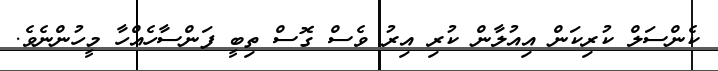
ކެންސަލް ކުރިކަން އިއުލާން ކުރި އިރު ވެސް ގޮސް ތިބީ ފަންސާހެއްހާ މީހުންނެވެ.